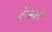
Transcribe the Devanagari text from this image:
ट्रेजरर्स